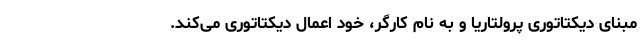
مبنای دیکتاتوری پرولتاریا و به نام کارگر، خود اعمال دیکتاتوری می‌کند.